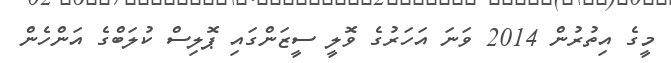
މީގެ އިތުރުން 2014 ވަނަ އަހަރުގެ ވޮލީ ސީޒަންގައި ޕޮލިސް ކުލަބްގެ އަންހެން